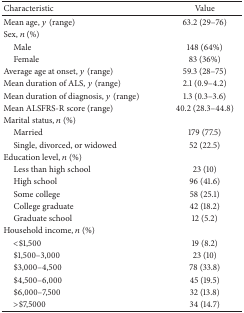
| Characteristic | Value |
 | --- | --- |
 | Mean age, y (range) | 63.2 (29–76) |
 | Sex, n (%) |  |
 | Male | 148 (64%) |
 | Female | 83 (36%) |
 | Average age at onset, y (range) | 59.3 (28–75) |
 | Mean duration of ALS, y (range) | 2.1 (0.9–4.2) |
 | Mean duration of diagnosis, y (range) | 1.3 (0.3–3.6) |
 | Mean ALSFRS-R score (range) | 40.2 (28.3–44.8) |
 | Marital status, n (%) |  |
 | Married | 179 (77.5) |
 | Single, divorced, or widowed | 52 (22.5) |
 | Education level, n (%) |  |
 | Less than high school | 23 (10) |
 | High school | 96 (41.6) |
 | Some college | 58 (25.1) |
 | College graduate | 42 (18.2) |
 | Graduate school | 12 (5.2) |
 | Household income, n (%) |  |
 | <$1,500 | 19 (8.2) |
 | $1,500–3,000 | 23 (10) |
 | $3,000–4,500 | 78 (33.8) |
 | $4,500–6,000 | 45 (19.5) |
 | $6,000–7,500 | 32 (13.8) |
 | >$7,5000 | 34 (14.7) |